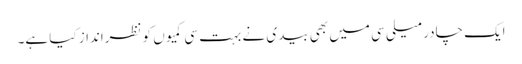
ایک چادر میلی سی میں بھی بیدی نے بہت سی کمیوں کو نظرانداز کیا ہے۔